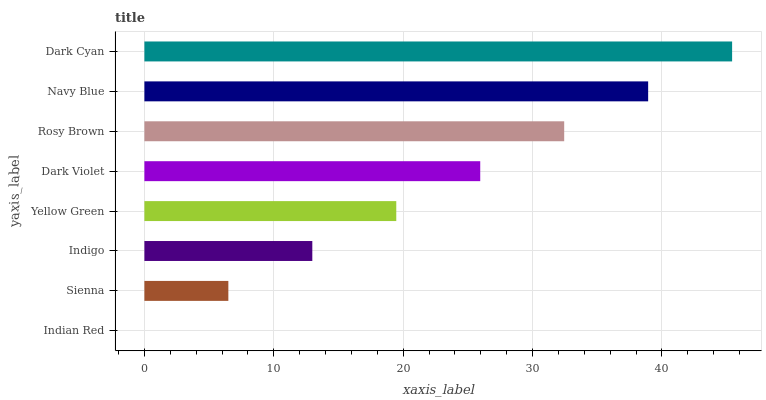
| yaxis_label | bars |
 | --- | --- |
 | Indian Red | 0 |
 | Sienna | 6.49 |
 | Indigo | 13 |
 | Yellow Green | 19.5 |
 | Dark Violet | 26 |
 | Rosy Brown | 32.4 |
 | Navy Blue | 38.9 |
 | Dark Cyan | 45.4 |